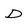
Character: D